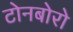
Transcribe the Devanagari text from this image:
टोनबोरो